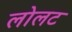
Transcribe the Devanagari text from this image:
लोलट